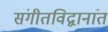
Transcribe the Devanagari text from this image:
संगीतविद्वानांत